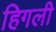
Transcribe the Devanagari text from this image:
हिगली